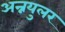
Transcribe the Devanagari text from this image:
अन्नयुलर